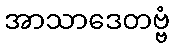
အာသာဒေတဗ္ဗံ